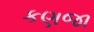
કણજા